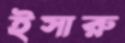
ইসারু